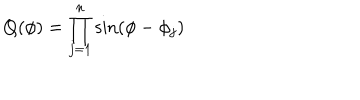
LaTeX: Q ( \phi ) = \prod _ { j = 1 } ^ { n } \sin ( \phi - \phi _ { j } )